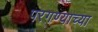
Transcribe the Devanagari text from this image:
परगण्याच्या